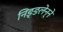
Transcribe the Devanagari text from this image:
निङ्ङलेन्ने